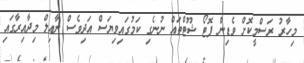
މިހާރު ރަސްމީކޮށް ވެޑިން ފޮޓޯ ޝޫޓްތައް ނުނެގި ކަމުގައިވިޔަސް އަދިވެސް ނާއިލް މިދާއިރާގައި